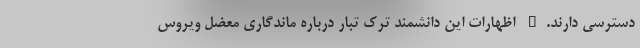
دسترسی دارند." اظهارات این دانشمند ترک تبار درباره ماندگاری معضل ویروس